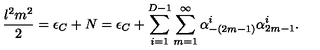
\frac { l ^ { 2 } m ^ { 2 } } { 2 } = \epsilon _ { C } + N = \epsilon _ { C } + \sum _ { i = 1 } ^ { D - 1 } \sum _ { m = 1 } ^ { \infty } \alpha _ { - ( 2 m - 1 ) } ^ { i } \alpha _ { 2 m - 1 } ^ { i } .